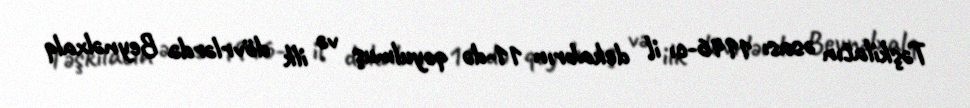
Təşkilatın əsası 1946-cı il dekabrın 11-də qoyulmuş və ilk dövrlərdə Beynəlxalq